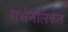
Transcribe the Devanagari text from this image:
गर्भनलिकेत